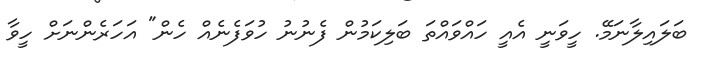
ބަލައިލާނަމޭ. ހީވަނީ އެއީ ހައްވައްތަ ބަލިކަމުން ފެނުނު ހުވަފެނެއް ހެން" އަހަރެންނަށް ހީވާ